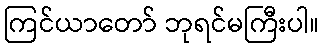
ကြင်ယာတော် ဘုရင်မကြီးပါ။